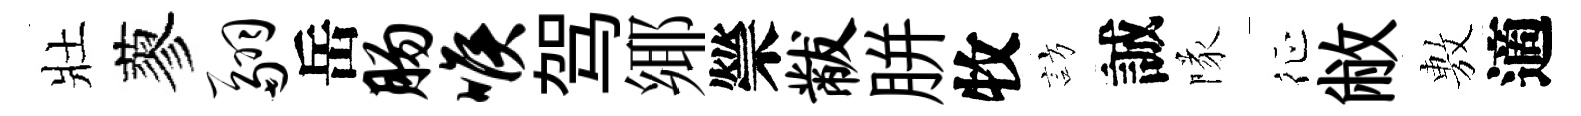
壯蓼翮岳肠喉驾鄊禜黻胼牧訪誠隊征敝𢾾適